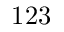
1 2 3